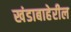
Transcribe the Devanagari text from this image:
खंडाबाहेरील